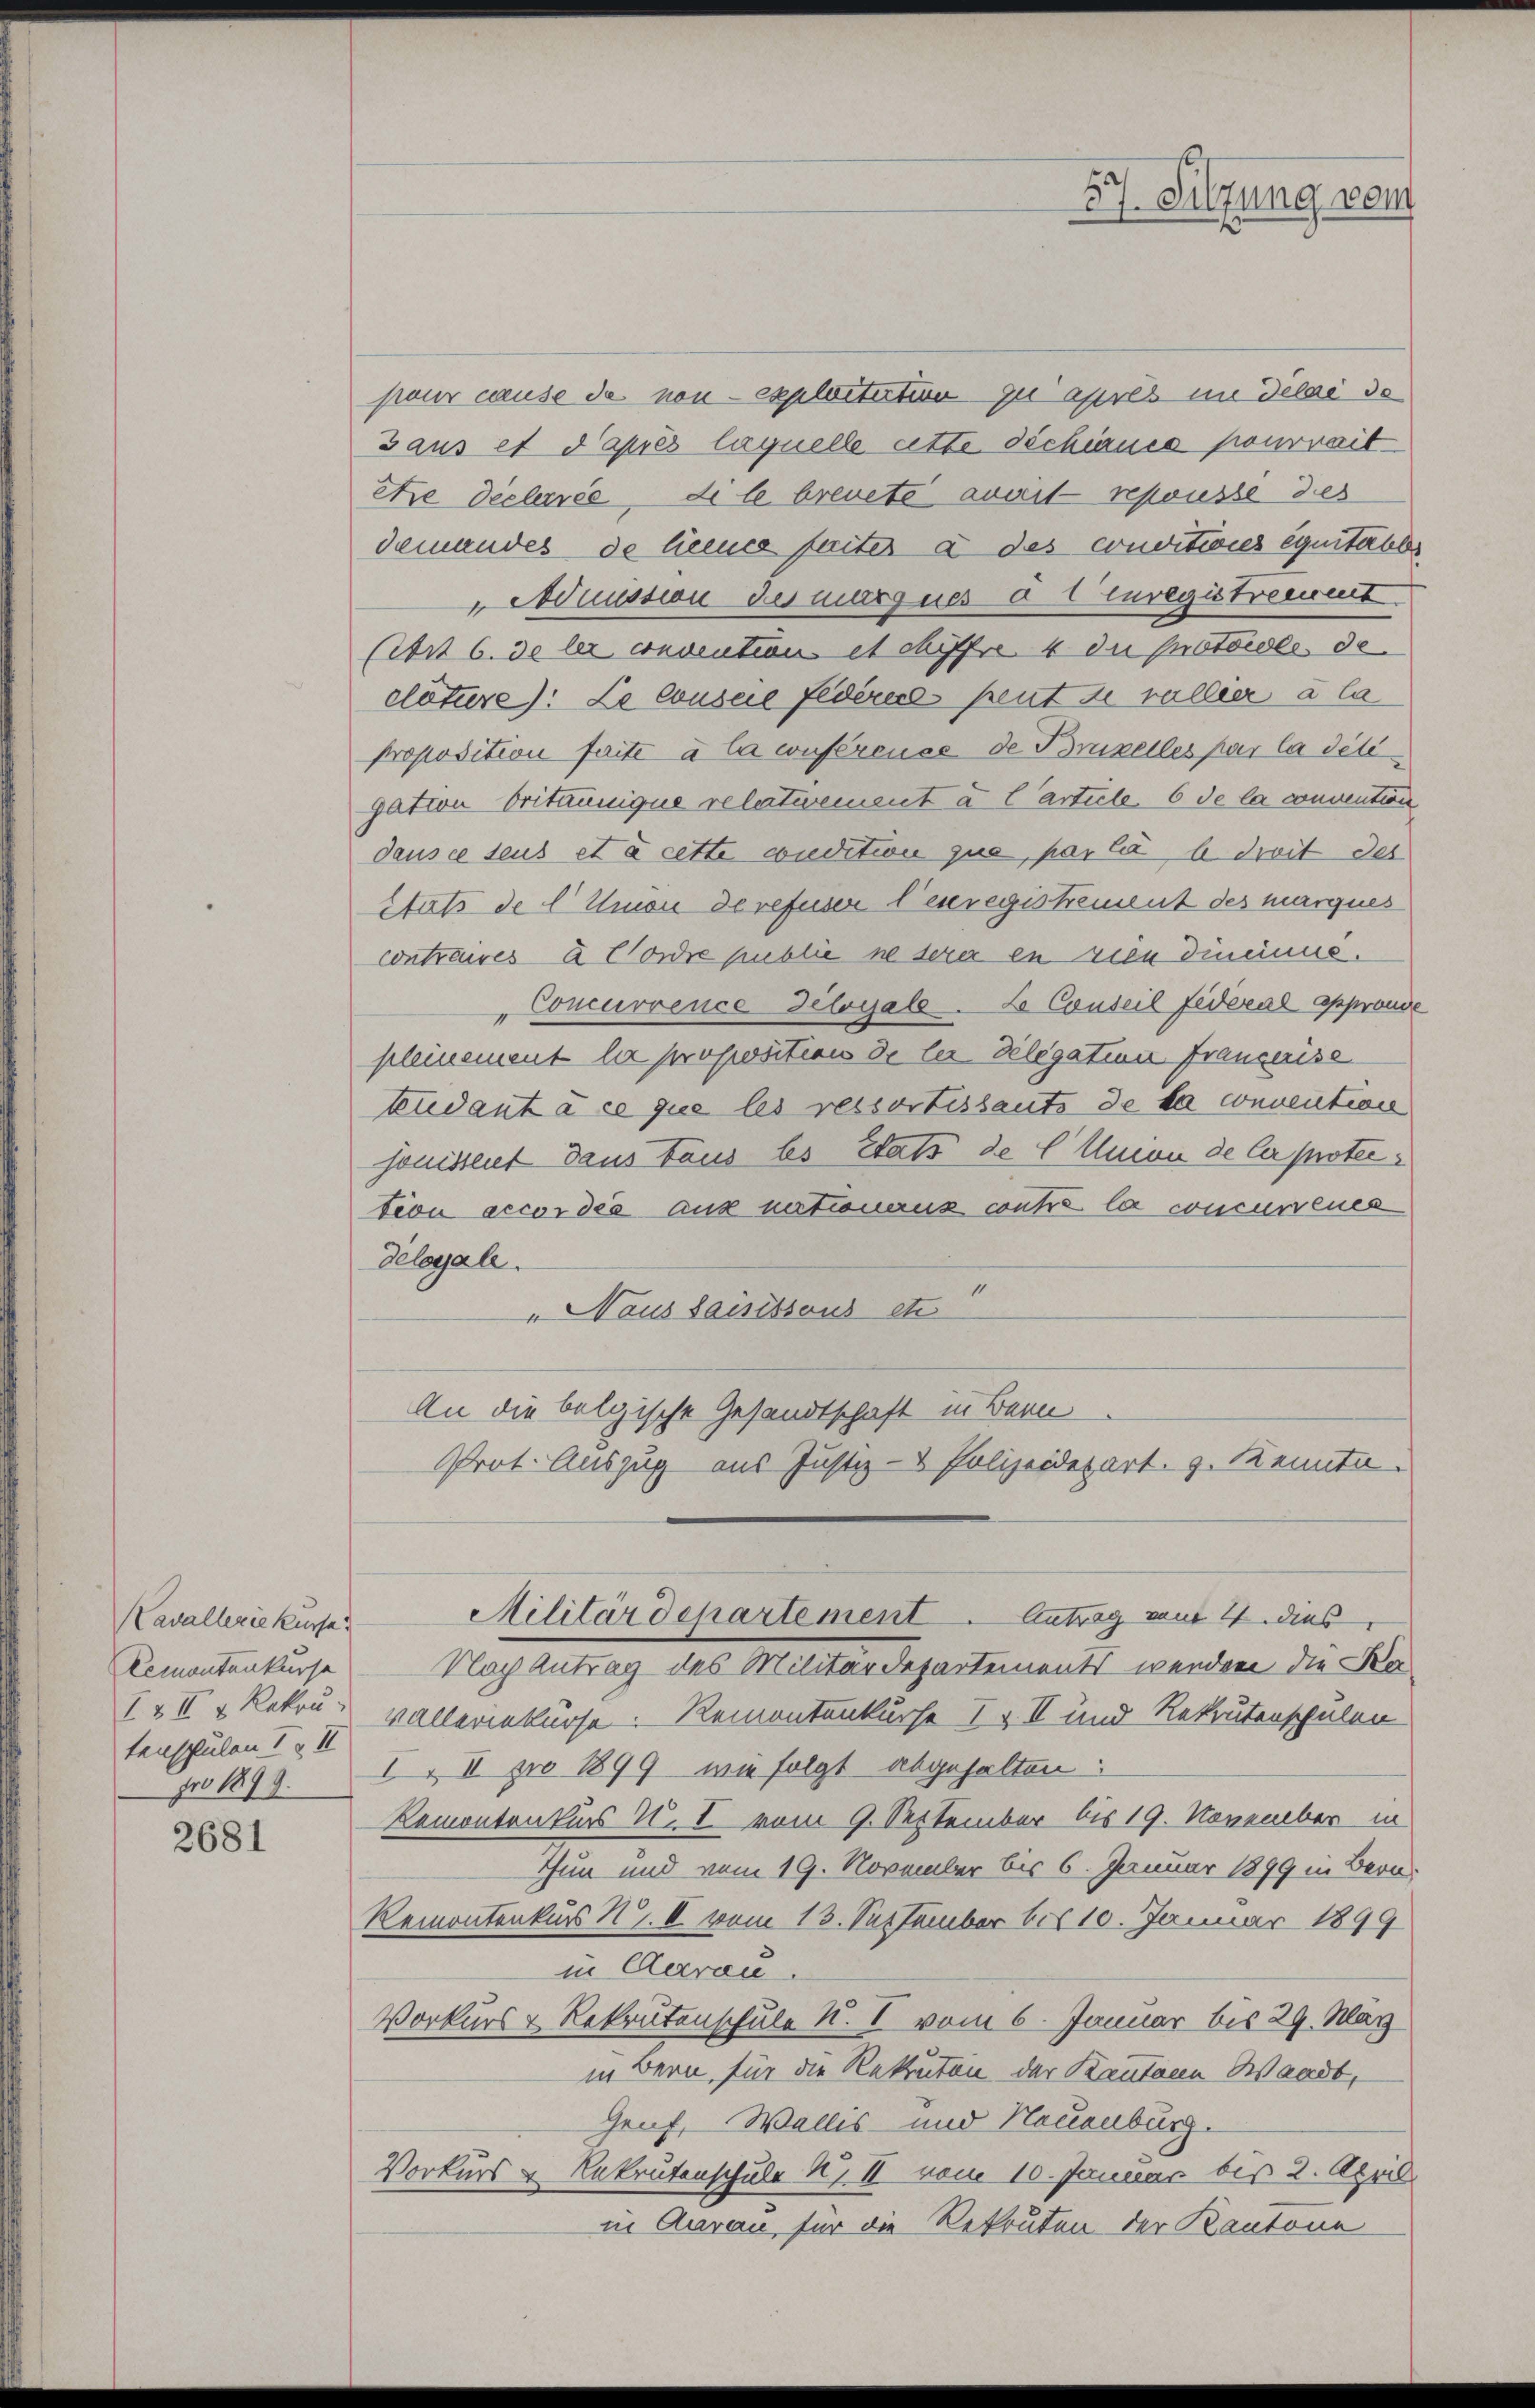
Kavallerie kursa
Remontankurse
I3I x Rakou
tenschulen I & II
Fro 1899.

2681

pour cause de non exploitation zu apres in Delai de
Gaus et d’après laquelle atte dichiancs pourraitêtre déclarée, di le brevete avait repousse des
demandes de lence faites à des conditions équitalbr
Aussion des marques a l Euregistreewent
(iit 6. de les convention et chiffrc. 4 du protocole de
clature): Le conscie Federne peut de valleer a la
proposition faite à la conférence de Brzelles par la dété
gation britannique relartwement u. Carteile, 6 de la convention
dans ce teus et à cette condition que, par la b. dreit des
Stuts de l Union de refuser l’enregistrement des marques
contraires à Corre publie ne serer en vien Dineinne.
„Concurrence Deloyale. Le Conseil fédéral approuve
pleinement la proposition de les Delegation franzerise
tudant à ce que les ressortissants de la convention
sonistliet dans taus bs Etats de C Union de Capotec
tion accordés aux nationanz contre la concurrenes
deloyale.
" Naus saisitsans etc
An die belgische Gesandtschaft in Bern
Prot. Auszug aus Justiz- & Polizeidepart. 3. Kenntn

Nach Antrag des Militärdepartements werden die Kavalleriekurse: Remontenkurse I & II und Rekrutenschulen
I. II pro 1899 wie folgt abgehalten:
Remontenkurs N. I vom 9. September bis 19. November in
tun und vom 19. November bis 6. Januar 1899 in Bern
Remontenkurs N. II vom 13. September bis 10. Januar 1899
in Aarau
Vorkurs-Rekrutenschule K. I vom 6. Januar bis 29. März
in Bern, für die Rekruten der Bauten Waadt,
Genf, Wallis- und Neuenburg.
Vorkurs & Rekrutenschule H. II. vom 10. Januar bis 2. April
in Aarau, für die Rekruten der Kantone

Militär dchartement. Antrag vom 4. dies

57. Sitzung vom